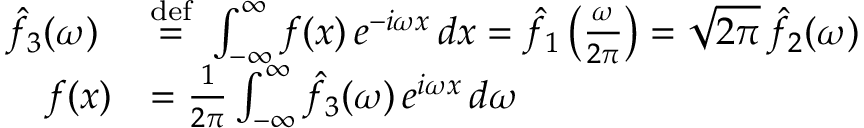
{ \begin{array} { r l } { { \hat { f } } _ { 3 } ( \omega ) \ } & { { \stackrel { \mathrm { d e f } } { = } } \ \int _ { - \infty } ^ { \infty } f ( x ) \, e ^ { - i \omega x } \, d x = { \hat { f } } _ { 1 } \left( { \frac { \omega } { 2 \pi } } \right) = { \sqrt { 2 \pi } } \, { \hat { f } } _ { 2 } ( \omega ) } \\ { f ( x ) } & { = { \frac { 1 } { 2 \pi } } \int _ { - \infty } ^ { \infty } { \hat { f } } _ { 3 } ( \omega ) \, e ^ { i \omega x } \, d \omega } \end{array} }